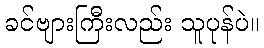
ခင်ဗျားကြီးလည်း သူပုန်ပဲ။